Punjab Mental Hospital Lahore 1922-31 - 1922-1931
Year: 1922
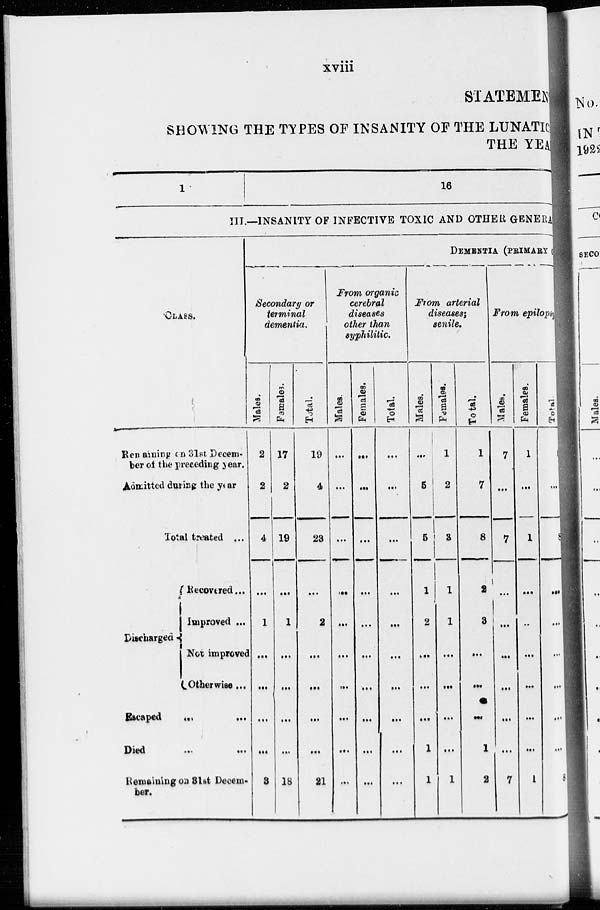
xviii
STATEMEN
SHOWING THE TYPES OF INSANITY OF THE LUNATIC
THE YEAR
1
16
III.—INSANITY OF INFECTIVE TOXIC AND OTHER GENERA
CLASS.
Remainig On 31st Decem-
ber of the preceding year.
Admitted during the year
Total treated ...
Discharge
Recovered...
Improved ...
Not improved
Otherwise ...
Escaped ... ...
Died
...
...
Remaining on 31st Decem-
ber.
DEMENTIA (PRIMARY
Secondary or
terminal
dementia.
Males.
2
2
4
...
1
...
...
...
...
3
Females.
17
2
19
...
1
...
...
...
...
18
Total.
19
4
23
...
2
...
...
...
...
21
From organic
cerebral
diseases
other than
syphilitic.
Males.
...
...
...
...
...
...
...
...
...
...
Females.
...
...
...
...
...
...
...
...
...
...
Total.
...
...
...
...
...
...
...
...
...
...
From arterial
diseases;
senile.
Males.
...
5
5
1
2
...
...
...
1
1
Females.
1
2
3
1
1
...
...
...
...
1
Total.
1
7
8
2
3
...
...
...
1
2
From epilosy
Males.
7
...
7
...
...
...
...
...
...
7
Females.
1
...
1
...
...
...
...
...
...
1
Total
8
...
8
...
...
...
...
...
...
8